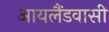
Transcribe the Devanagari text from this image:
आयलैंडवासी